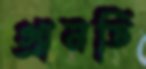
গ্রানডি